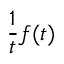
{ \frac { 1 } { t } } f ( t )